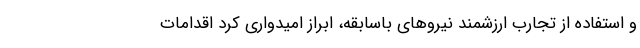
و استفاده از تجارب ارزشمند نیروهای باسابقه، ابراز امیدواری کرد اقدامات